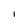
Character: I